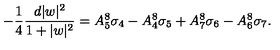
- { \frac { 1 } { 4 } } { \frac { d | w | ^ { 2 } } { 1 + | w | ^ { 2 } } } = A _ { 5 } ^ { 8 } \sigma _ { 4 } - A _ { 4 } ^ { 8 } \sigma _ { 5 } + A _ { 7 } ^ { 8 } \sigma _ { 6 } - A _ { 6 } ^ { 8 } \sigma _ { 7 } .